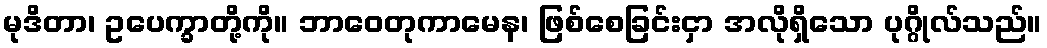
မုဒိတာ၊ ဥပေက္ခာတို့ကို။ ဘာဝေတုကာမေန၊ ဖြစ်စေခြင်းငှာ အလိုရှိသော ပုဂ္ဂိုလ်သည်။